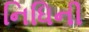
નિધિની